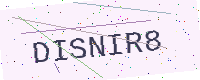
Text: DISNIR8